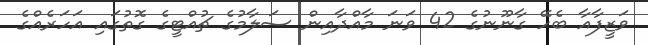
ވަޒީފާއާ ބެހޭ ގާނޫނުގެ 42 ވަނަ މާއްދާއިން ސަލާމުގެ ޗުއްޓީގެ ގޮތުގައި އަހަރެއްގެ